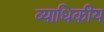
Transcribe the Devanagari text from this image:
व्याधिकीय